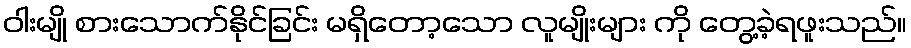
ဝါးမျို စားသောက်နိုင်ခြင်း မရှိတော့သော လူမျိုးများ ကို တွေ့ခဲ့ရဖူးသည်။